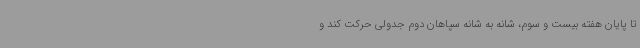
تا پایان هفته بیست و سوم، شانه به شانه سپاهان دوم جدولی حرکت کند و